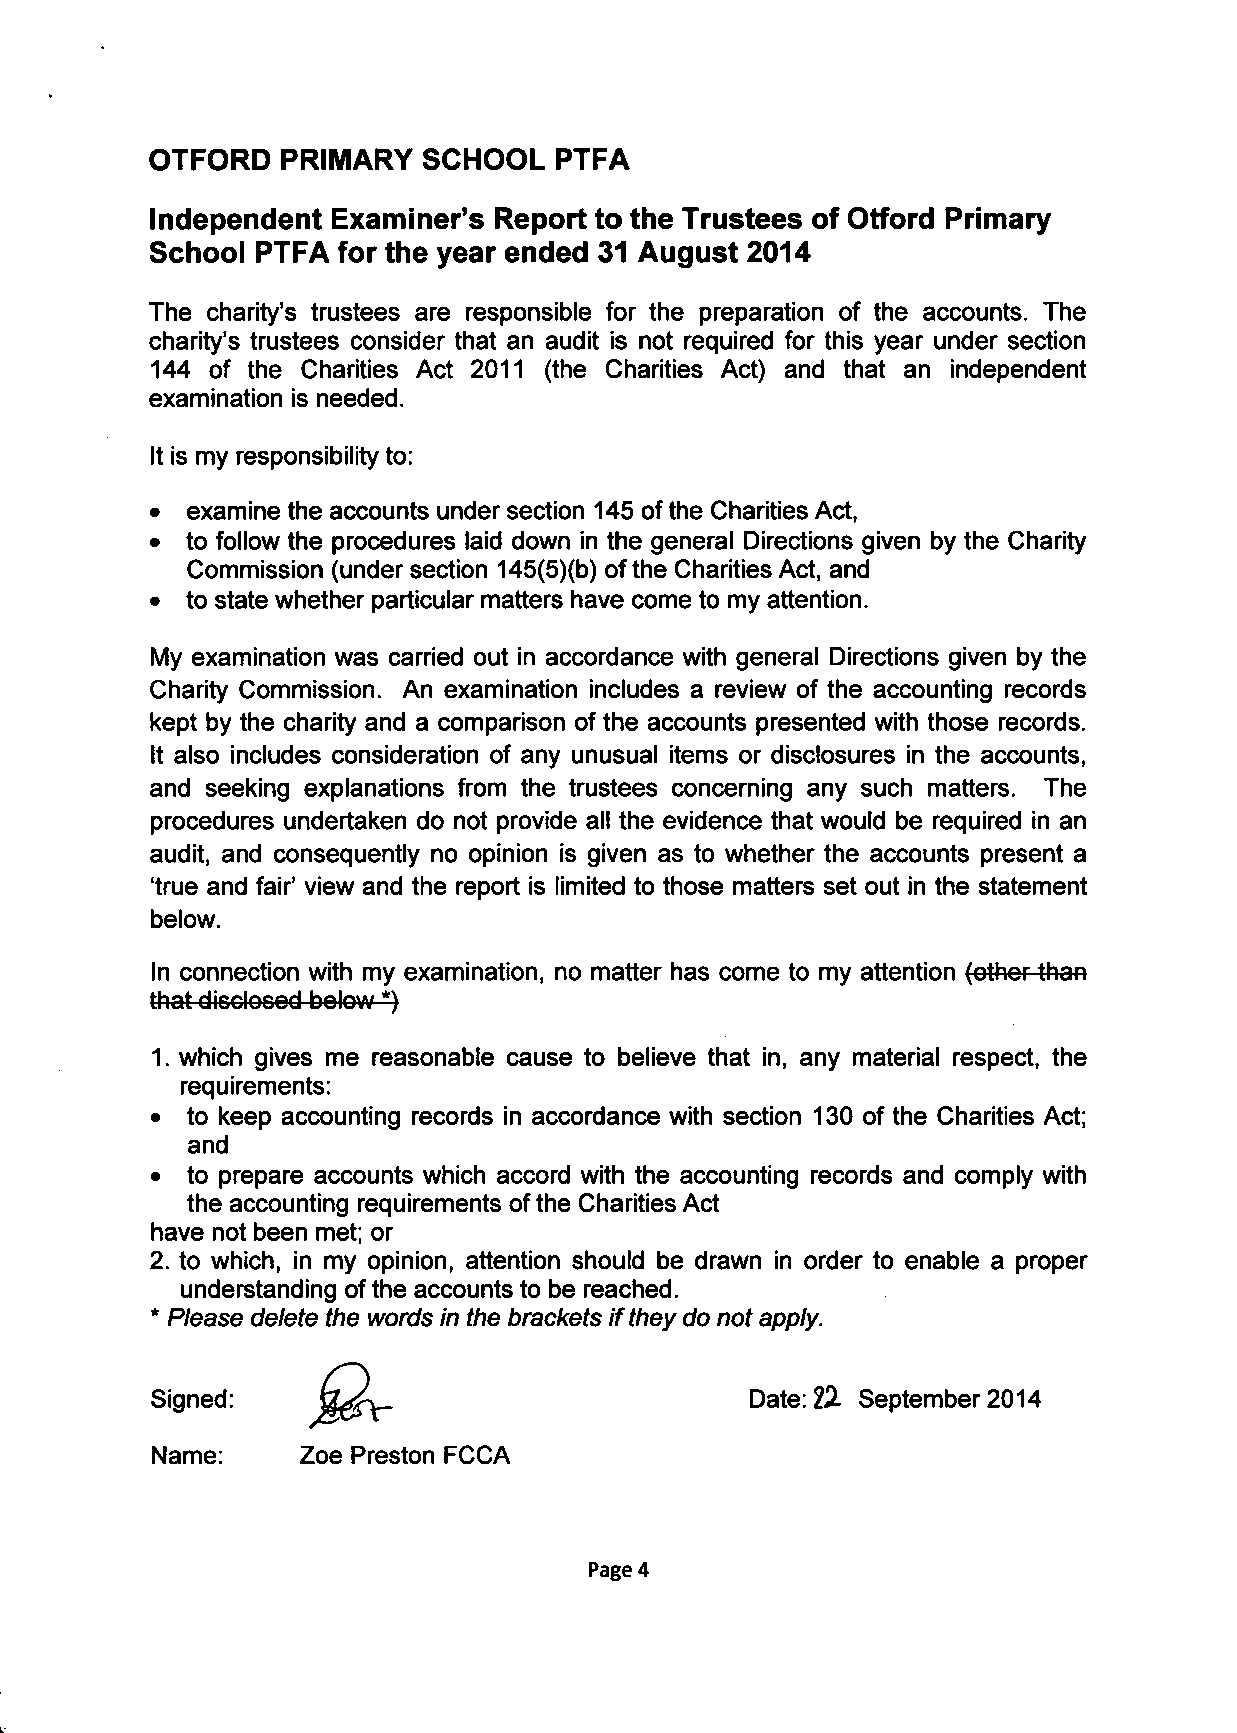
OTFORD   PRIMARY  SCHOOL   PTFA
 Independent Examiner's Report to the Trustees of Otford Primary
 School PTFA for the year ended 31 August 2014
 The charity's trustees are responsible for the preparation of the accounts. The
 charity's trustees consider that an audit is not required for this year under section
 144 of the Charities Act 2011 (the Charities Act) and that an independent
 examination is needed.
 It is my responsibility to:
 • examine the accounts under section 145 of the Charities Act,
 • to follow the procedures laid down in the general Directions given by the Charity
 Commission (under section 145(5)(b) of the Charities Act, and
 • to state whether particular matters have come to my attention.
 My examination was carried out in accordance with general Directions given by the
 Charity Commission. An examination includes a review of the accounting records
 kept by the charity and a comparison of the accounts presented with those records.
 It also includes consideration of any unusual items or disclosures in the accounts,
 and seeking explanations from the trustees concerning any such matters. The
 procedures undertaken do not provide all the evidence that would be required in an
 audit, and consequently no opinion is given as to whether the accounts present a
 'true and fair' view and the report is limited to those matters set out in the statement
 below.
 In connection with my examination, no matter has come to my attention (other than
 that disclosed below *)
 1. which gives me reasonable cause to believe that in, any material respect, the
 requirements:
 • to keep accounting records in accordance with section 130 of the Charities Act;
 and
 • to prepare accounts which accord with the accounting records and comply with
 the accounting requirements of the Charities Act
 have not been met; or
 2. to which, in my opinion, attention should be drawn in order to enable a proper
 understanding of the accounts to be reached.
 • Please delete the words in the brackets if they do not apply.
 Signed:                                 Date: 22 September 2014
 Name:     Zoe Preston FCCA
 Page 4